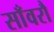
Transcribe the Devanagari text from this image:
साँवरौ